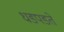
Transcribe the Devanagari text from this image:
धडपडते